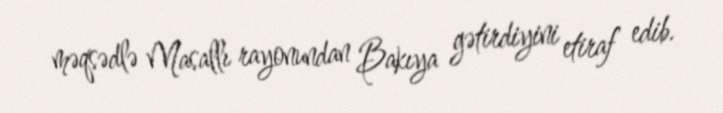
məqsədlə Masallı rayonundan Bakıya gətirdiyini etiraf edib.